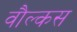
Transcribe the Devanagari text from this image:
वौल्कस